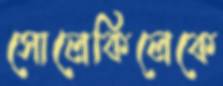
সোলেকিলেকে